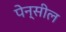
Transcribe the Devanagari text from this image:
पेन्सील